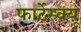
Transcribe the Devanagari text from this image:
फार्टेस्क्यू